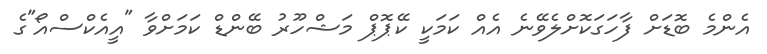
އެންމެ ބޮޑަށް ފާހަގަކޮށްލެވޭނެ އެއް ކަމަކީ ކޭޕޮޕް މަޝްހޫރު ބޭންޑް ކަމަށްވާ "އީއެކްސްއޯ"ގެ